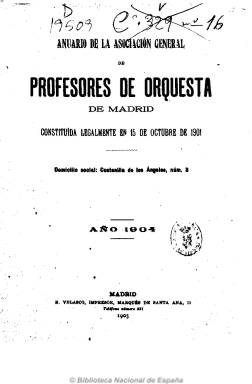
Título: Anuario de la Asociación General de Profesores de Orquesta de Madrid
Colección: Anuarios e informes || Música
Ámbito geográfico: Madrid
Lugar de publicación: Madrid
Fechas: 07/11/1904-22/06/1909

Editado por la Asociación General de Profesores de Orquesta de Madrid, constituida en 1901 y presidida por Fermín Ruiz, contiene las memorias, reseñas históricas y balances de gastos e ingresos de esta entidad redactados por sus secretarios, Victorio Moreno Noguera y Anselmo Redondo. También la relación de sus socios por secciones y unas conclusiones de su asamblea celebrada en 1909.